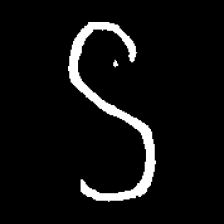
Pyu character \u2014 Myanmar letter: ဌ (romanized: ttha)